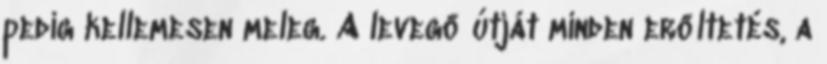
pedig kellemesen meleg. A levegő útját minden erőltetés, a